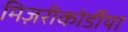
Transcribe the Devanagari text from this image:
मिज़रीकोर्डीया